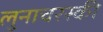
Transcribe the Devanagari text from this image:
लुनाचरस्की